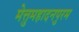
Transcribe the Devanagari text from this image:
मेत्तुमहादनपुरम